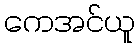
ကေအင်ယူ